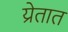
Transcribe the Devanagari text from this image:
य्रेतात